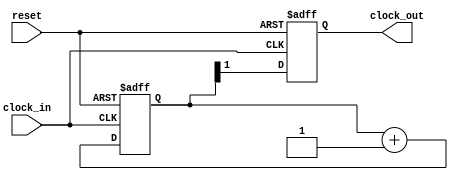
`timescale 1ns / 1ps
//////////////////////////////////////////////////////////////////////////////////
// Company: 
// Engineer: 
// 
// Design Name: 
// Module Name:    clock_dividerVGA 
// Project Name: 
// Target Devices: 
// Tool versions: 
// Description: 
//
// Dependencies: 
//
// Revision: 
// Revision 0.01 - File Created
// Additional Comments: 
//
//////////////////////////////////////////////////////////////////////////////////
module clock_dividerVGA (
  input clock_in,
  input reset,
  output reg clock_out
);

reg [1:0] count;

always@(posedge clock_in or posedge reset) begin
  if(reset) begin
    count <= 2'b00;
  end else begin
    count <= count + 1'b1;
  end
end

always@(posedge clock_in or posedge reset) begin
  if(reset) begin
    clock_out <= 1'b0;
  end else begin
    clock_out <= count[1];
  end
end

endmodule